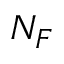
N _ { F }